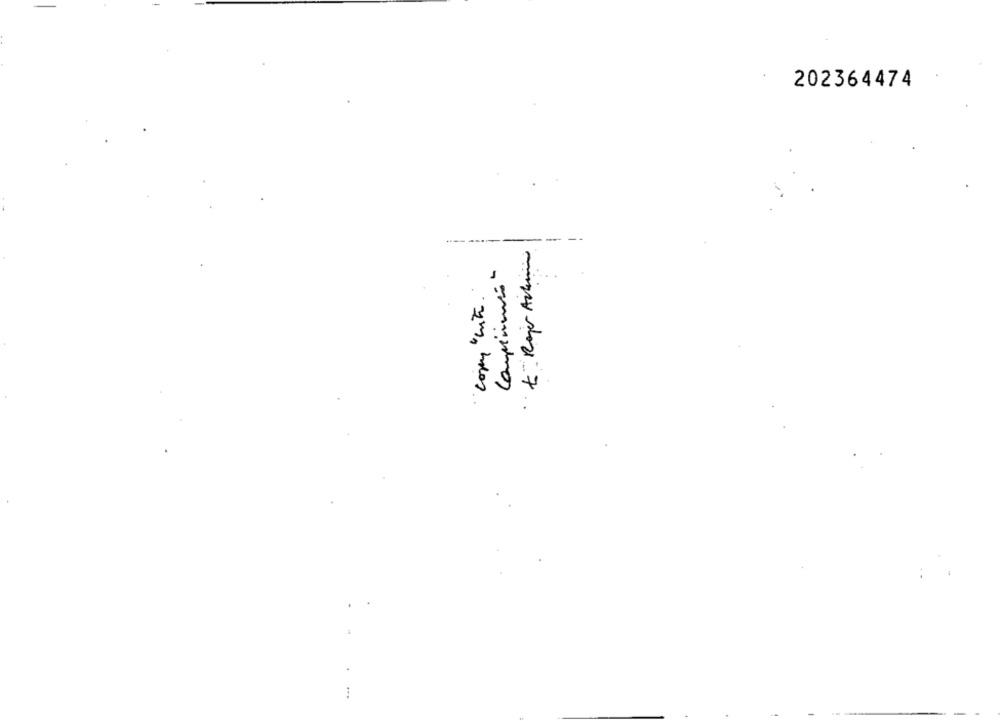
202364474
-- --
Compinmini-
copy cute .